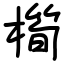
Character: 橁